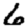
Digit: 6